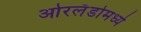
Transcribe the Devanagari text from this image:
ओरलँडोमध्ये